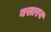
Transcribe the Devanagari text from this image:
बसारब